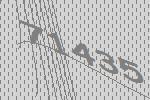
71435